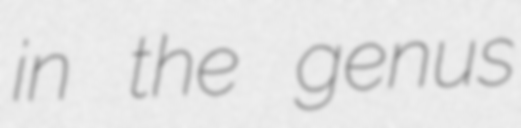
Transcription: in the genus